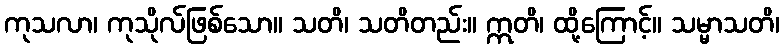
ကုသလာ၊ ကုသိုလ်ဖြစ်သော။ သတိ၊ သတိတည်း။ ဣတိ၊ ထို့ကြောင့်။ သမ္မာသတိ၊